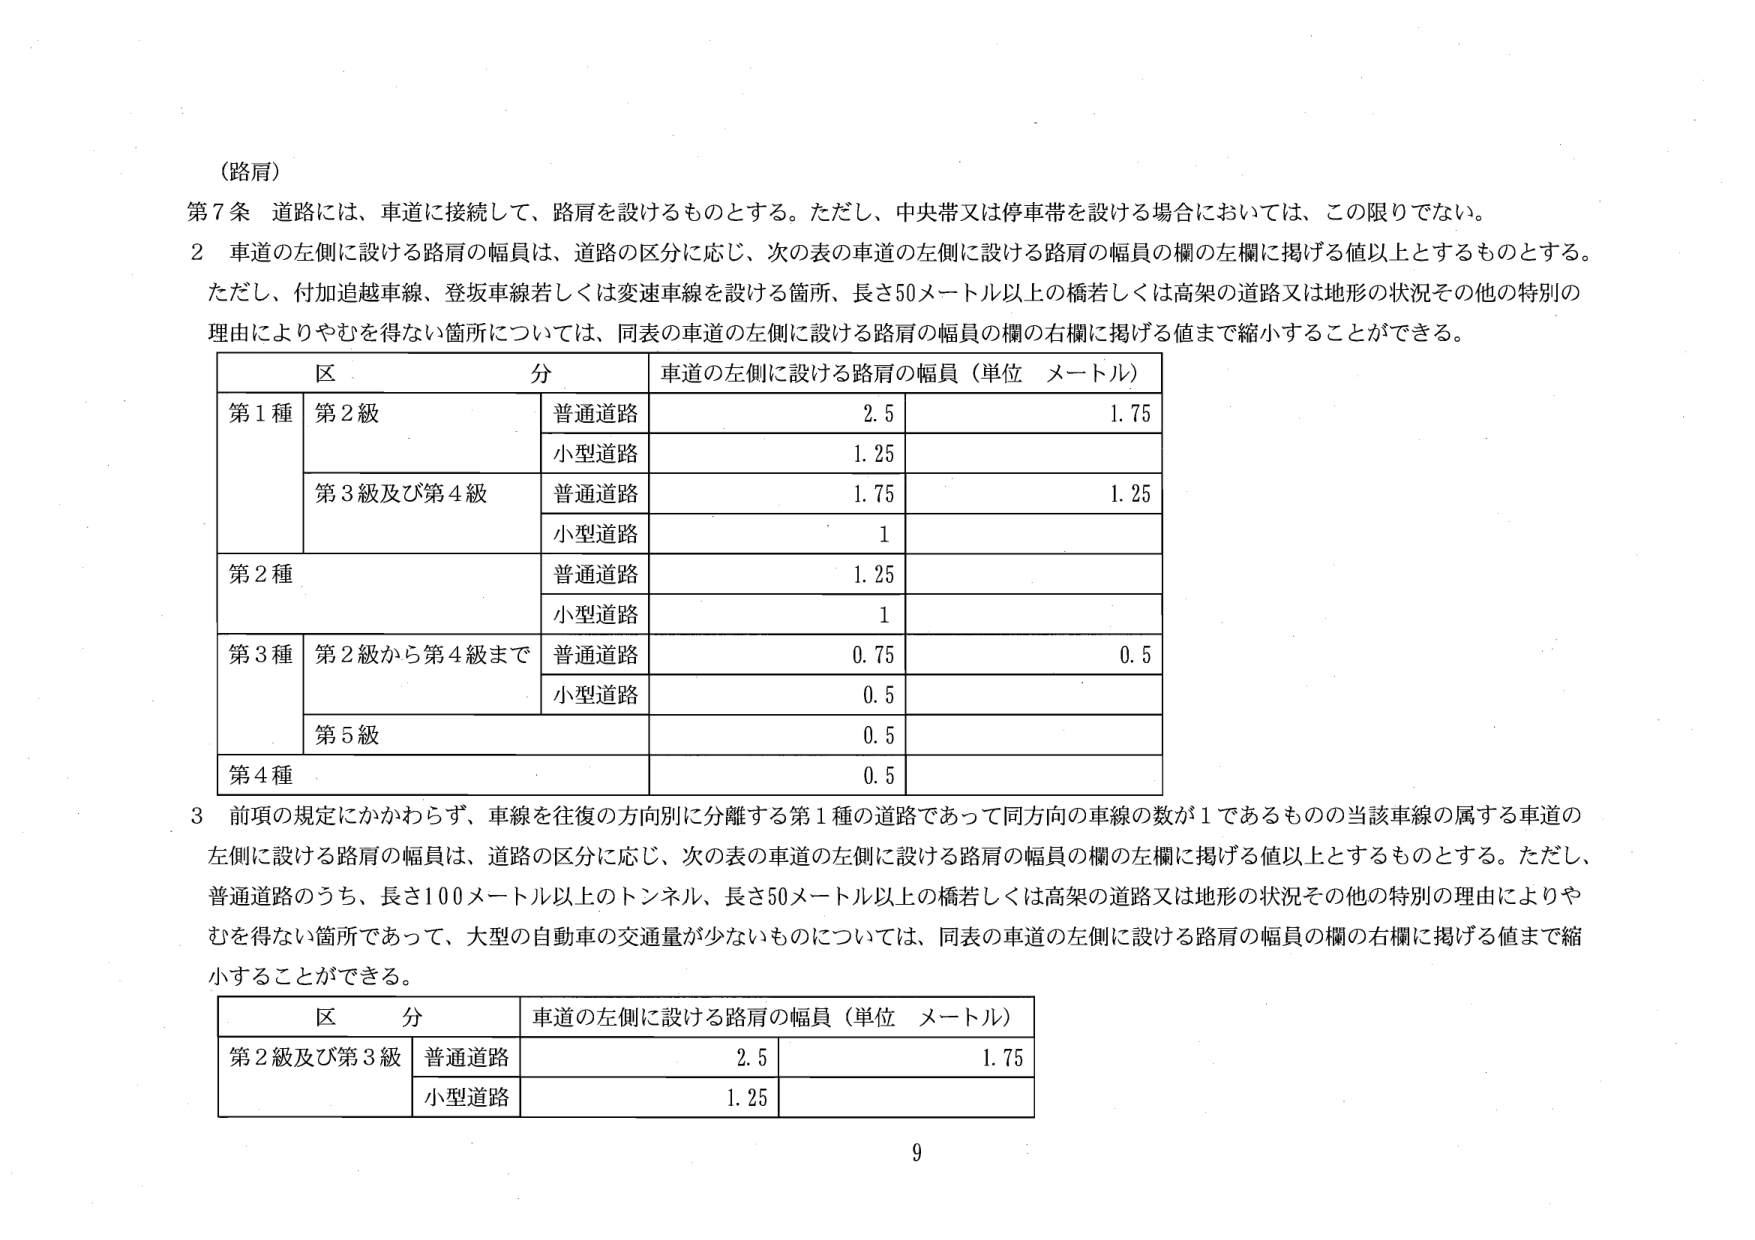
（路肩）

第7条 道路には、車道に接続して、路肩を設けるものとする。ただし、中央帯又は停車帯を設ける場合においては、この限りでない。

2 車道の左側に設ける路肩の幅員は、道路の区分に応じ、次の表の車道の左側に設ける路肩の幅員の欄の左欄に掲げる値以上とするものとする。ただし、付加追越車線、登坂車線若しくは変速車線を設ける箇所、長さ50メートル以上の橋若しくは高架の道路又は地形の状況その他の特別の理由によりやむを得ない箇所については、同表の車道の左側に設ける路肩の幅員の欄の右欄に掲げる値まで縮小することができる。

区 分 車道の左側に設ける路肩の幅員（単位 メートル）
第1種 第2級 普通道路 2.5 1.75
　　　 小型道路 1.25
　　　 第3級及び第4級 普通道路 1.75 1.25
　　　　　　　　　　　 小型道路 1
第2種 普通道路 1.25
　　　 小型道路 1
第3種 第2級から第4級まで 普通道路 0.75 0.5
　　　　　　　　　　　 小型道路 0.5
　　　 第5級 0.5
第4種 0.5

3 前項の規定にかかわらず、車線を往復の方向別に分離する第1種の道路であって同方向の車線の数が1であるものの当該車線の属する車道の左側に設ける路肩の幅員は、道路の区分に応じ、次の表の車道の左側に設ける路肩の幅員の欄の左欄に掲げる値以上とするものとする。ただし、普通道路のうち、長さ100メートル以上のトンネル、長さ50メートル以上の橋若しくは高架の道路又は地形の状況その他の特別の理由によりやむを得ない箇所であって、大型の自動車の交通量が少ないものについては、同表の車道の左側に設ける路肩の幅員の欄の右欄に掲げる値まで縮小することができる。

区 分 車道の左側に設ける路肩の幅員（単位 メートル）
第2級及び第3級 普通道路 2.5 1.75
　　　　　　　　　 小型道路 1.25

9